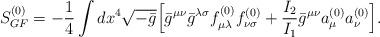
LaTeX: \begin{align*}S_{GF}^{(0)} = -\frac{1}{4}\int dx^4\sqrt{-\bar{g}}\Bigl[\bar{g}^{\mu \nu}\bar{g}^{\lambda \sigma}f_{\mu \lambda}^{(0)}f_{\nu \sigma}^{(0)}+\frac{I_2}{I_1}\bar{g}^{\mu \nu}a_{\mu}^{(0)}a_{\nu}^{(0)}\Bigr].\end{align*}